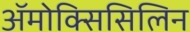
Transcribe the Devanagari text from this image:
ॲमोक्सिसिलिन